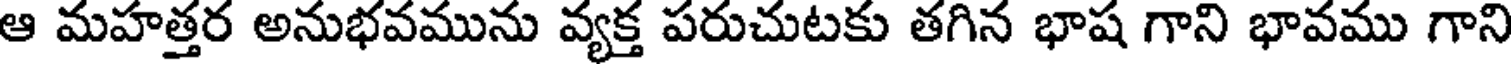
ఆ మహత్తర అనుభవమును వ్యక్త పరుచుటకు తగిన భాష గాని భావము గాని